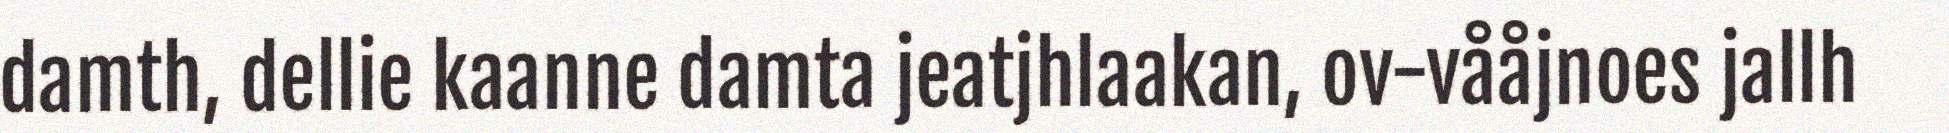
damth, dellie kaanne damta jeatjhlaakan, ov-vååjnoes jallh